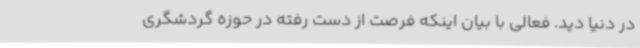
در دنیا دید. فعالی با بیان اینکه فرصت از دست رفته در حوزه گردشگری